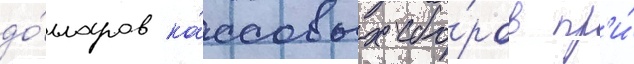
до́лларов ка́ссовых сбо́ров пр'и́